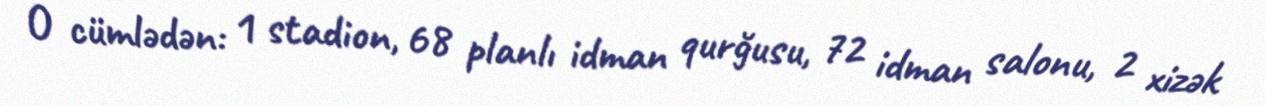
O cümlədən: 1 stadion, 68 planlı idman qurğusu, 72 idman salonu, 2 xizək